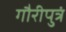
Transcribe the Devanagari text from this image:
गौरीपुत्रं